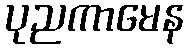
ပုညကာမေန